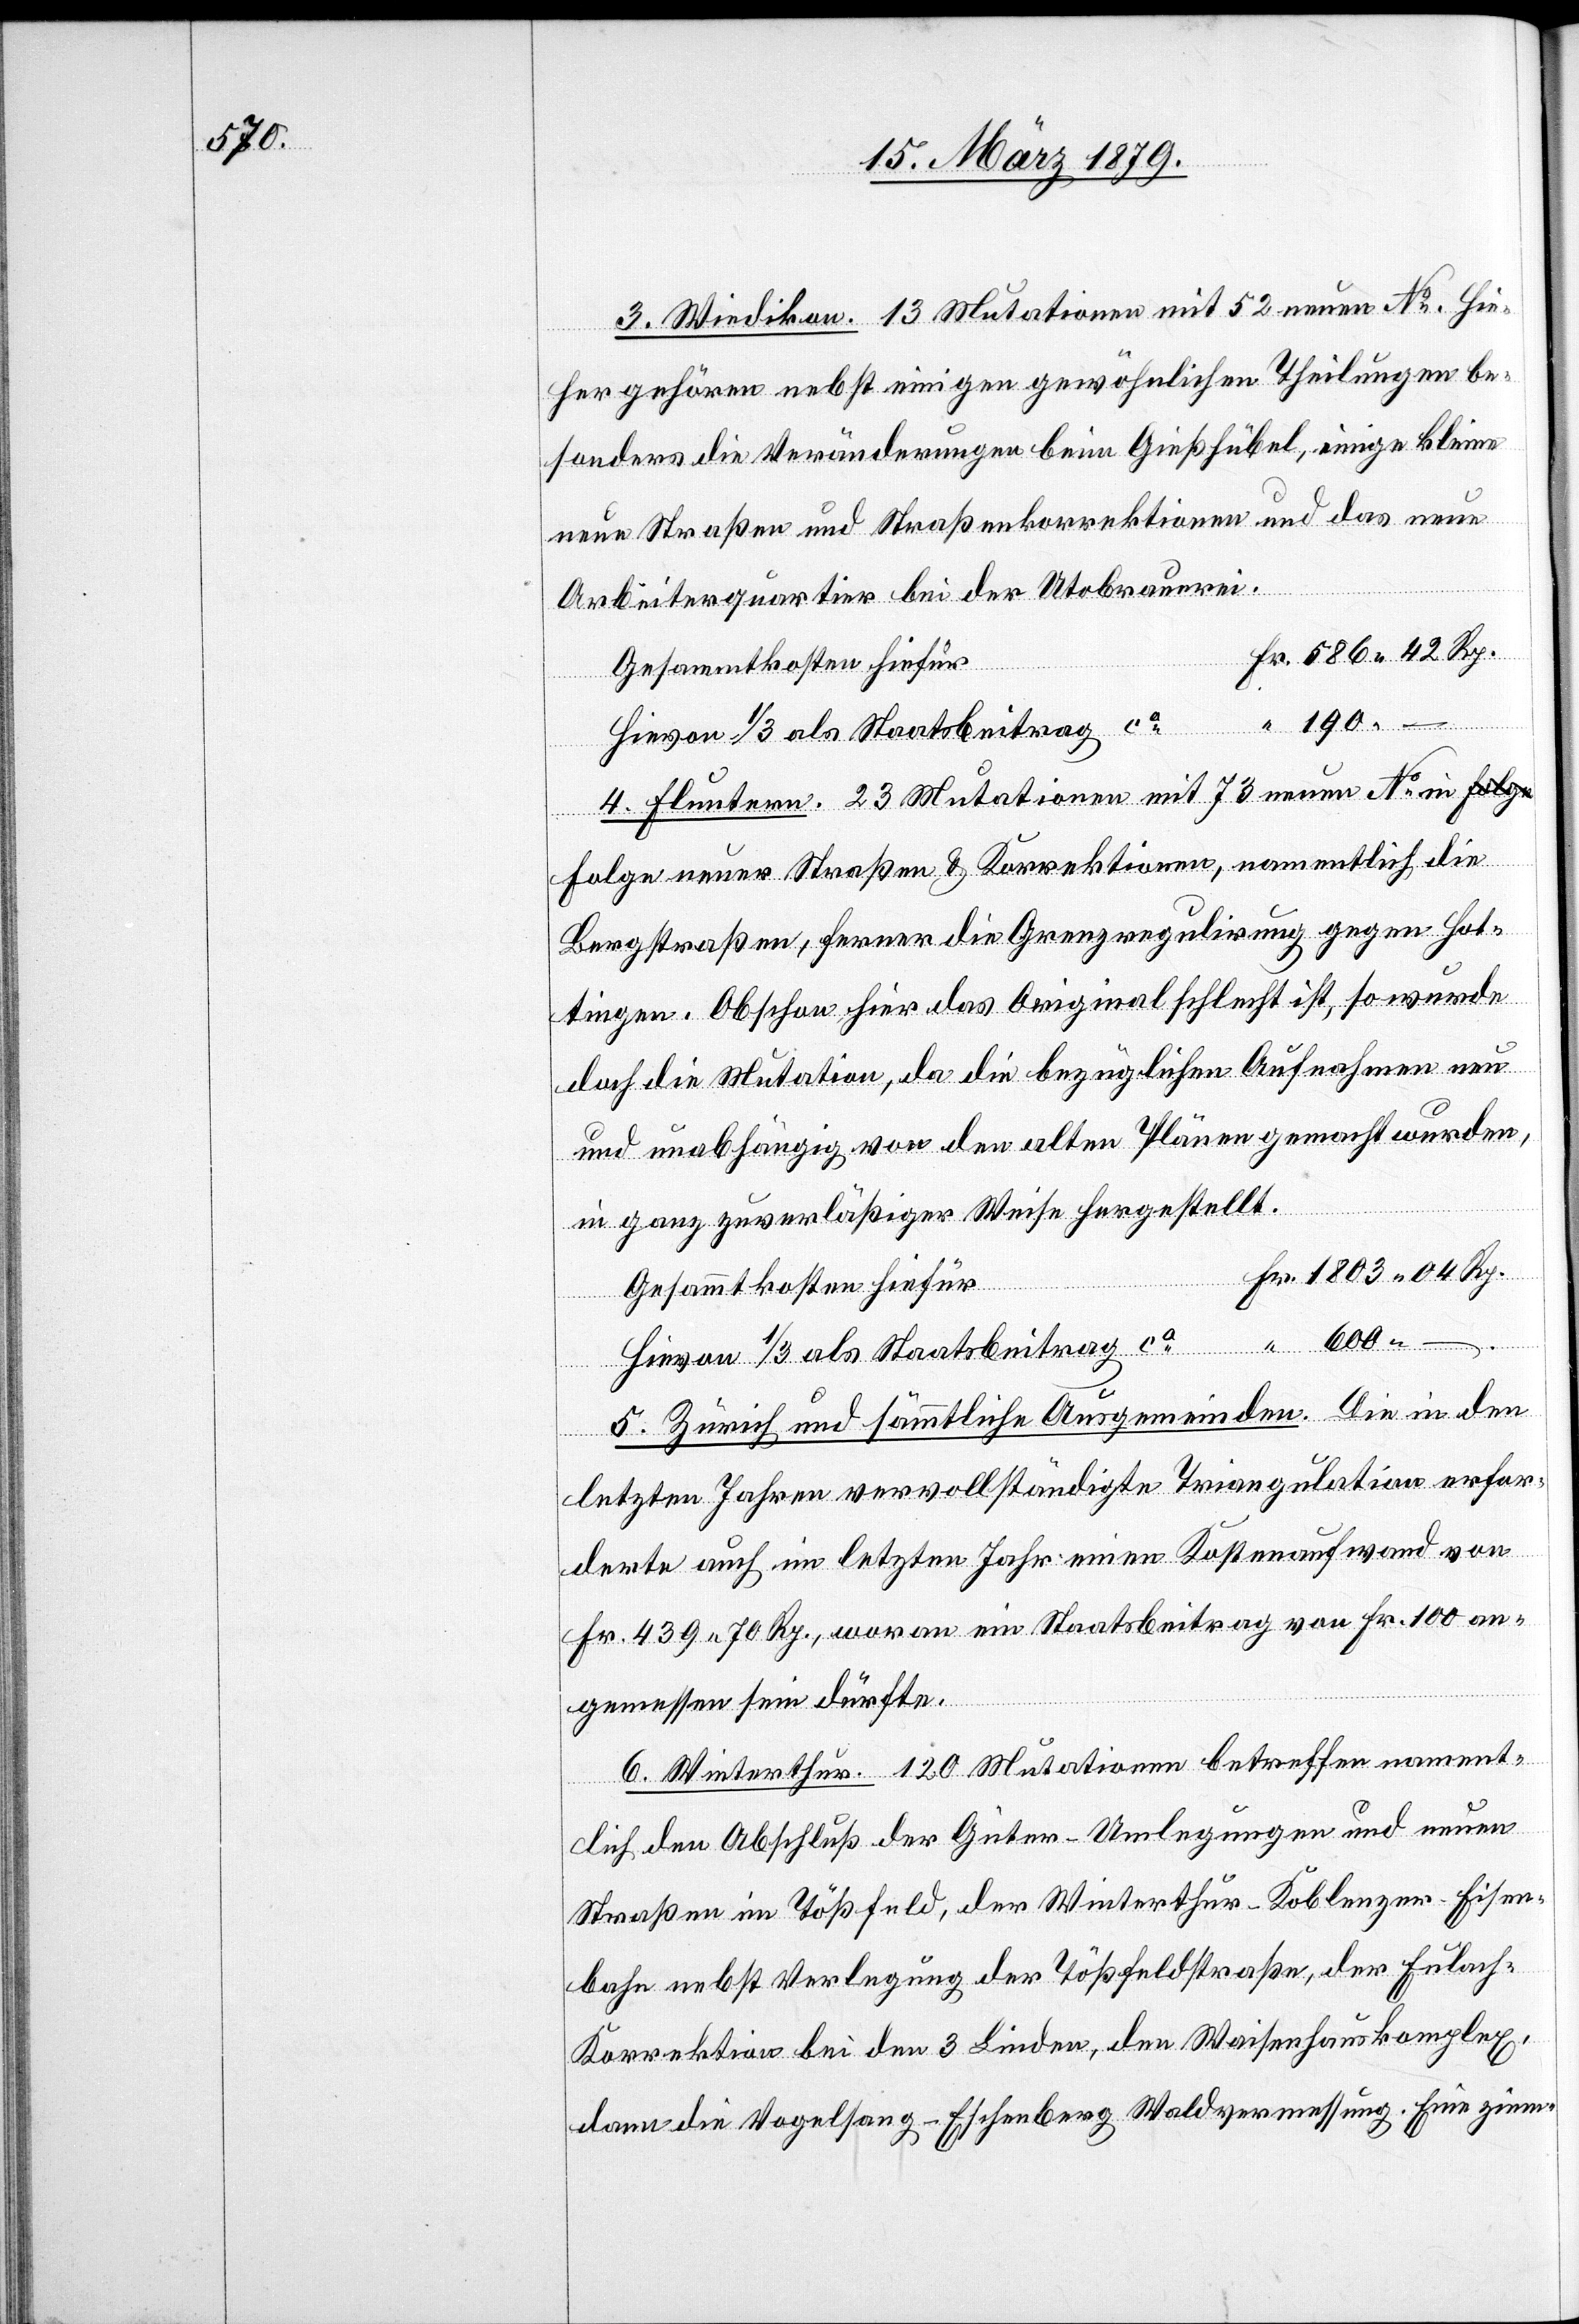
600.

3. Wiedikon. 13 Mutationen mit 52 neuen No. Hie¬
her gehören nebst einigen gewöhnlichen Theilungen be¬
sonders die Veränderungen beim Gießhübel, einige kleine
neue Straßen und Straßenkorrektionen und das neue
Arbeiterquartier bei der Utobrauerei.
Gesammtkosten hiefür
Fr.
Hievon 1/3 als Staatsbeitrag ca
4. Fluntern. 23 Mutationen mit 73 neuen No in F¬
olge neuer Straßen & Korrektionen, namentlich die
Bergstraßen, ferner die Grenzregulirung gegen Hot¬
tingen. Obschon hier das Original schlecht ist, so wurde
doch die Mutation, da die bezüglichen Aufnahmen neu
und unabhängig von den alten Plänen gemacht wurden,
in ganz zuverläßiger Weise hergestellt.
–
5. Zürich und sämmtliche Ausgemeinden. Die in den
letzten Jahren vervollständigte Triangulation erfor¬
derte auch im letzten Jahr einen Kostenaufwand von
Fr. 439.70 Rp., woran ein Staatsbeitrag von Fr. 100 an¬
gemessen sein dürfte.
6. Winterthur. 120 Mutationen betreffen nament¬
lich den Abschluß der Güter-Umlegungen und neuen
Straßen im Tößfeld, der Winterthur–Koblenzer-Eisen¬
bahn nebst Verlegung der Tößfeldstraße, der Eulach-K¬
orrektion bei den 3 Linden, den Waisenhauskomplex,
dann die Vogelsang-Eschenberg Waldvermessung. Eine ziem-